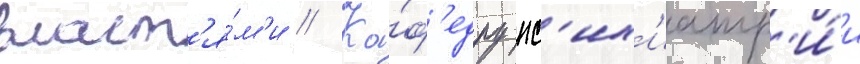
власт'я́м'и // Ка́ф'едру пс'их'иатр'и́и